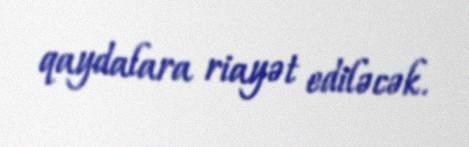
qaydalara riayət ediləcək.